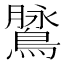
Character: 䳮